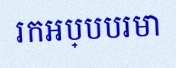
រកអប្បបរមា